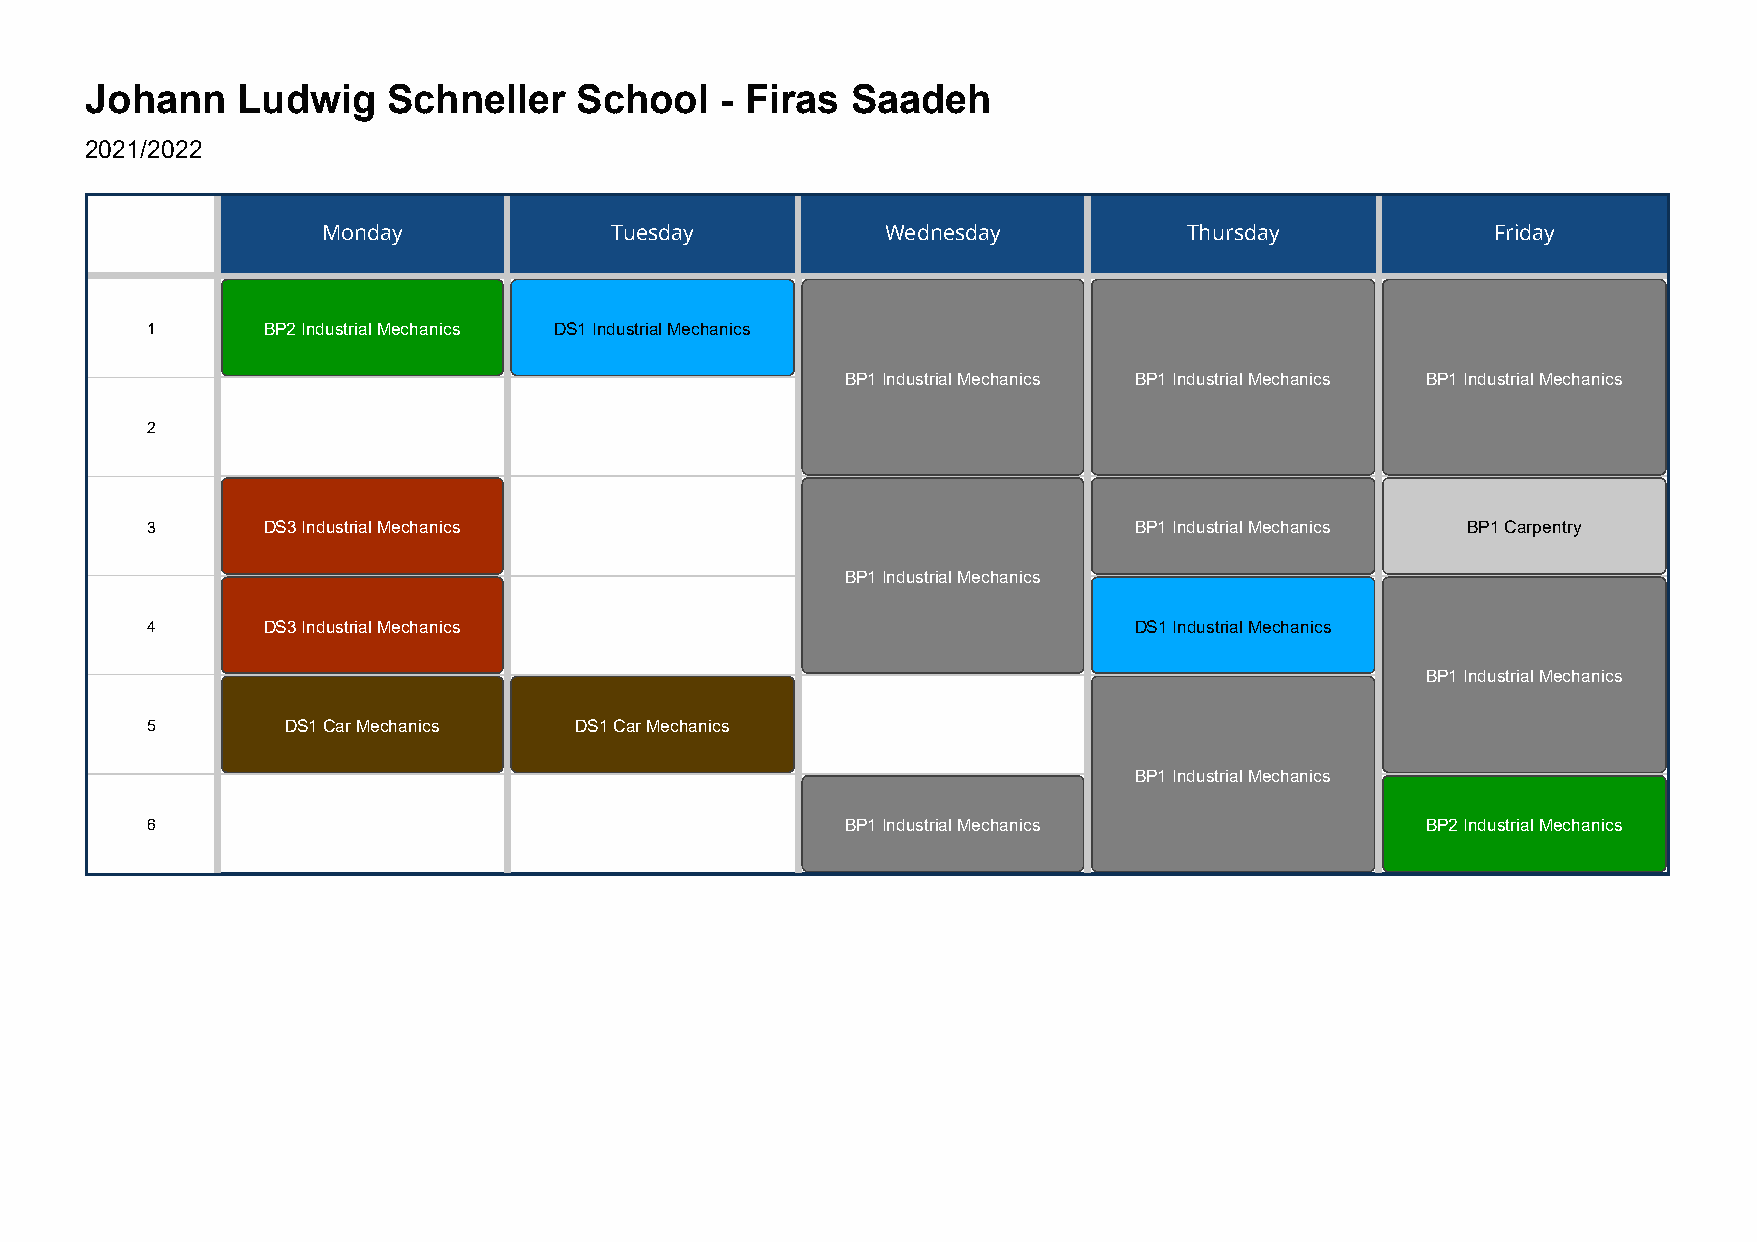
Johann    Ludwig    Schneller   School    - Firas Saadeh
 2021/2022
 Monday             Tuesday            Wednesday           Thursday            Friday
 1      BP2 Industrial Mechanics DS1 Industrial Mechanics
 BP1 Industrial Mechanics BP1 Industrial Mechanics BP1 Industrial Mechanics
 2
 3      DS3 Industrial Mechanics                                  BP1 Industrial Mechanics BP1 Carpentry
 BP1 Industrial Mechanics
 4      DS3 Industrial Mechanics                                  DS1 Industrial Mechanics
 BP1 Industrial Mechanics
 5        DS1 Car Mechanics  DS1 Car Mechanics
 BP1 Industrial Mechanics
 6                                             BP1 Industrial Mechanics              BP2 Industrial Mechanics